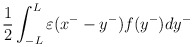
\begin{align*}\frac{1}{2}\int^L_{-L}{\varepsilon}(x^--y^-)f(y^-)dy^-\end{align*}